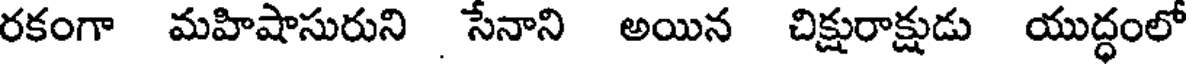
రకంగా మహిషాసురుని సేనాని అయిన చిక్షురాక్షుడు యుద్ధంలో